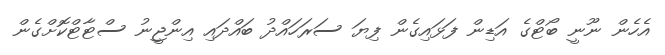
އެހެން ނޫނީ ބޯޓްގެ އަޑިން ފަޅައިގެން ފިޔަ ސަރަހައްދު ބައްދައި އިންޖީނު ސްޓާޓްކޮށްގެން